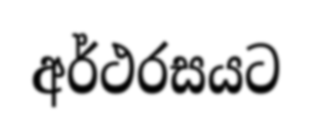
අර්ථරසයට